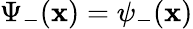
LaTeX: \Psi_{-}(\mathbf{x})=\psi_{-}(\mathbf{x})